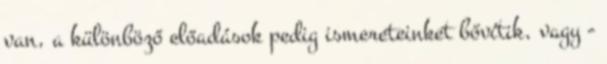
van, a különböző előadások pedig ismereteinket bővítik, vagy -